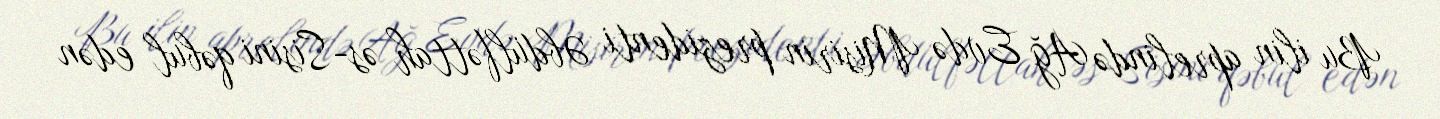
Bu ilin aprelində Ağ Evdə Misirin prezidenti Əbdülfəttah əs-Sisini qəbul edən